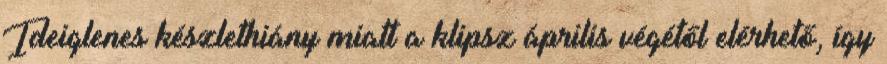
Ideiglenes készlethiány miatt a klipsz április végétől elérhető, így